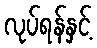
လုပ်ရန်နှင့်